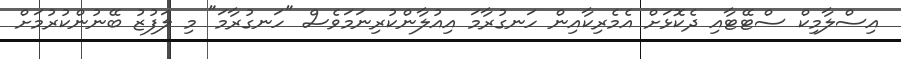
އިސްލާމިކް ސްޓޭޓާއި ދެކޮޅަށް އެމެރިކާއިން ހަނގުރާމަ އިއުލާންކުރިނަމަވެސް "ހަނގުރާމަ" މި ލަފުޒު ބޭނުންކުރުމަށް